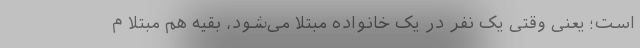
است؛ یعنی وقتی یک نفر در یک خانواده مبتلا می‌شود، بقیه هم مبتلا م